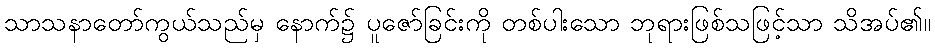
သာသနာတော်ကွယ်သည်မှ နောက်၌ ပူဇော်ခြင်းကို တစ်ပါးသော ဘုရားဖြစ်သဖြင့်သာ သိအပ်၏။